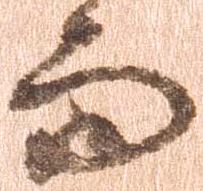
而